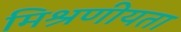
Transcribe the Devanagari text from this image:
मिश्रणीयता